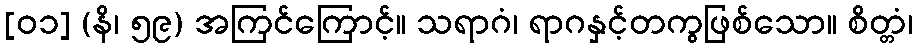
[၀၁] (နိ၊ ၅၉) အကြင်ကြောင့်။ သရာဂံ၊ ရာဂနှင့်တကွဖြစ်သော။ စိတ္တံ၊